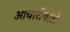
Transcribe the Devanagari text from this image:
आचारोंवाले